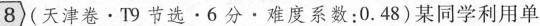
8（天津卷·T9节选·6分·难度系数：0.48）某同学利用单